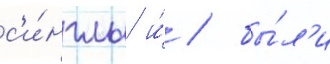
с'и́нглы и́ / бы́л'и